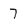
Character: 7